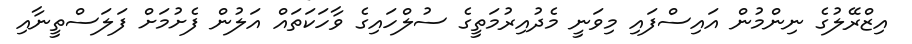
އިޒްރޭލުގެ ނިންމުން އައިސްފައި މިވަނީ މެދުއިރުމަތީގެ ސުލްހައިގެ ވާހަކަތައް އަލުން ފެށުމަށް ފަލަސްތީނާއި